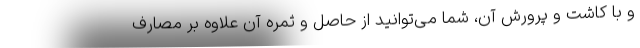
و با کاشت و پرورش آن، شما می‌توانید از حاصل و ثمره آن علاوه بر مصارف